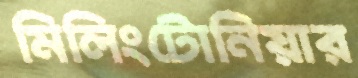
মিলিংটোনিয়ার